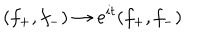
( f _ { + } , f _ { - } ) \to e ^ { i t } ( f _ { + } , f _ { - } )